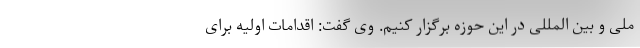
ملی و بین المللی در این حوزه برگزار کنیم. وی گفت: اقدامات اولیه برای